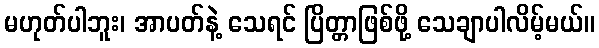
မဟုတ်ပါဘူး၊ အာပတ်နဲ့ သေရင် ပြိတ္တာဖြစ်ဖို့ သေချာပါလိမ့်မယ်။